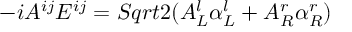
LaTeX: - i A ^ { i j } E ^ { i j } = S q r t { 2 } ( A _ { L } ^ { l } \alpha _ { L } ^ { l } + A _ { R } ^ { r } \alpha _ { R } ^ { r } )